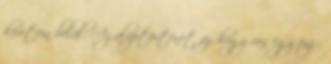
keretein belül. Az alaptörténet az, hogy van egy önző